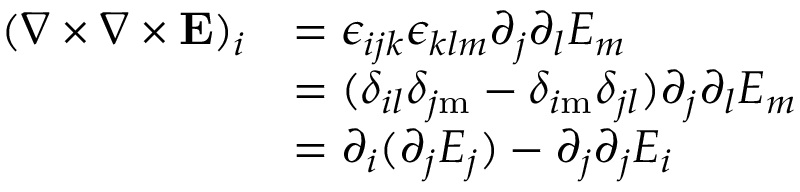
{ \begin{array} { r l } { ( \nabla \times \nabla \times \mathbf { E } ) _ { i } } & { = \epsilon _ { i j k } \epsilon _ { k l m } \partial _ { j } \partial _ { l } E _ { m } } \\ & { = ( \delta _ { i l } \delta _ { j \mathrm { m } } - \delta _ { i \mathrm { m } } \delta _ { j l } ) \partial _ { j } \partial _ { l } E _ { m } } \\ & { = \partial _ { i } ( \partial _ { j } E _ { j } ) - \partial _ { j } \partial _ { j } E _ { i } } \end{array} }